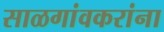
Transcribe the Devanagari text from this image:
साळगांवकरांना